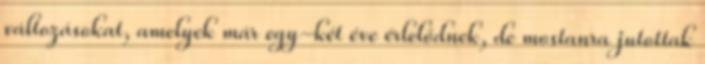
változásokat, amelyek már egy-két éve érlelődnek, de mostanra jutottak